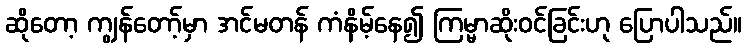
ဆိုတော့ ကျွန်တော့်မှာ အင်မတန် ကံနိမ့်နေ၍ ကြမ္မာဆိုးဝင်ခြင်းဟု ပြောပါသည်။